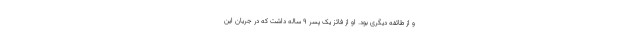
و از طائفه دیگری بود. او از فائز یک پسر 9 ساله داشت که در جریان این